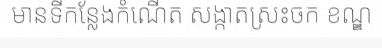
មានទីកន្លែងកំណើត សង្កាតស្រះចក ខណ្ឌ